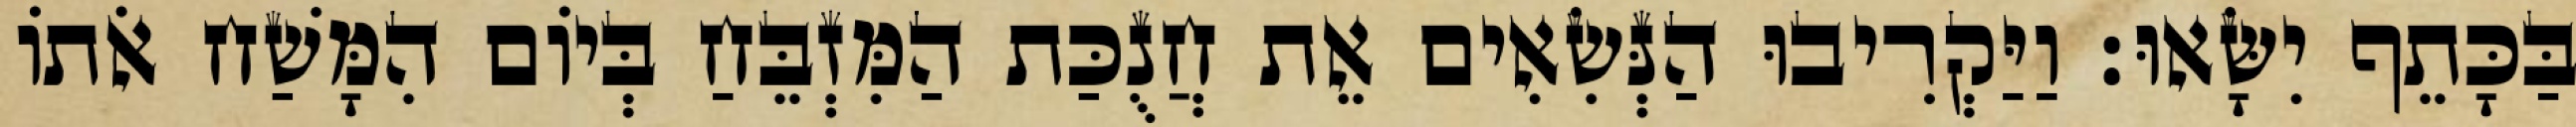
בַּכָּתֵף יִשָּׂאוּ׃ וַיַּקְרִיבוּ הַנְּשִׂאִים אֵת חֲנֻכַּת הַמִּזְבֵּחַ בְּיוֹם הִמָּשַׁח אֹתוֹ